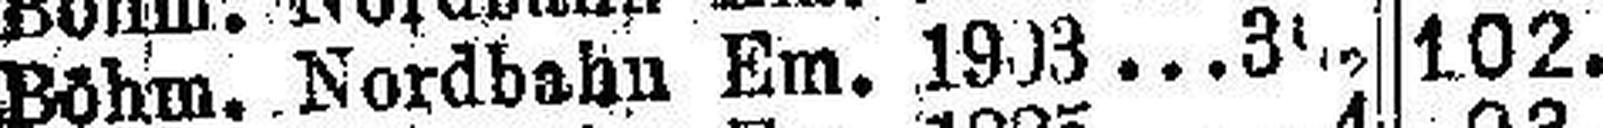
Böhm. Nordbahn Em. 1903 3½